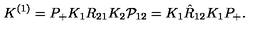
K ^ { ( 1 ) } = P _ { + } K _ { 1 } R _ { 2 1 } K _ { 2 } { \cal P } _ { 1 2 } = K _ { 1 } \hat { R } _ { 1 2 } K _ { 1 } P _ { + } .